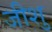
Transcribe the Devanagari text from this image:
जीशु